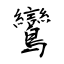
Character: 鸞